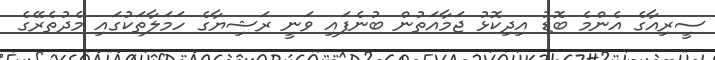
ސީރިއާގެ އެންމެ ބޮޑު އިދިކޮޅު ޖަމާއަތުން ބުނެފައި ވަނީ ރަޝިޔާގެ ހަމަލާތަކުގައި މެދުތެރޭގެ